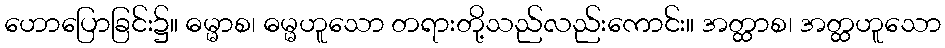
ဟောပြောခြင်း၌။ ဓမ္မာစ၊ ဓမ္မဟူသော တရားတို့သည်လည်းကောင်း။ အတ္ထာစ၊ အတ္ထဟူသော